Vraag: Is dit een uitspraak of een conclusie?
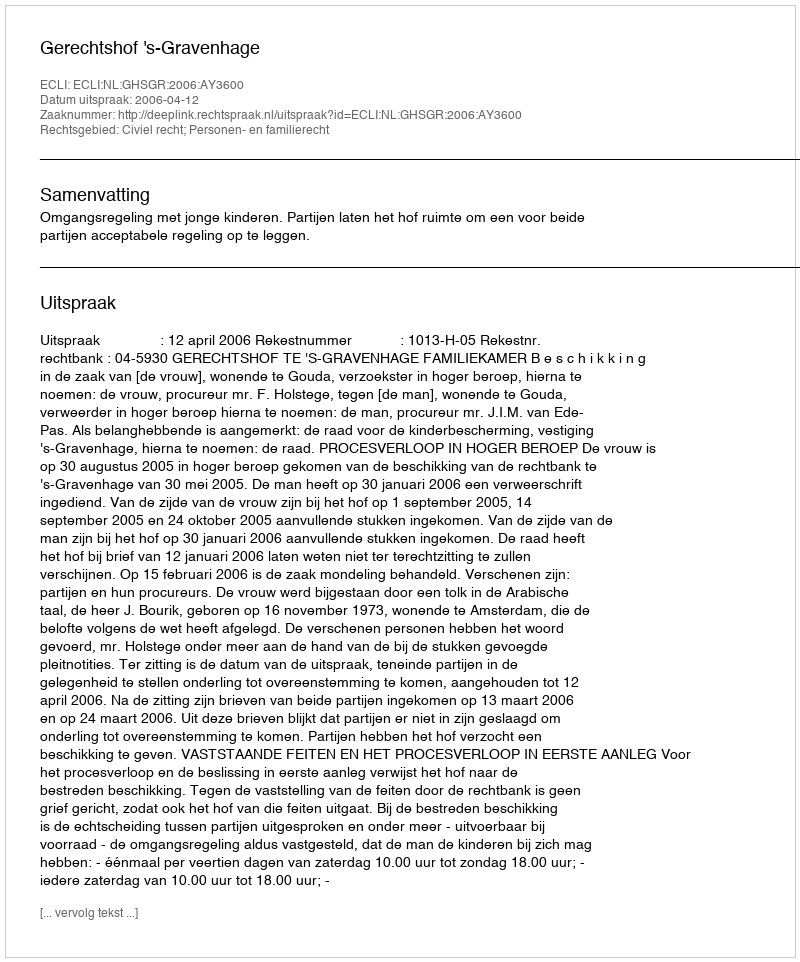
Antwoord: Uitspraak